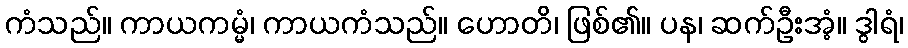
ကံသည်။ ကာယကမ္မံ၊ ကာယကံသည်။ ဟောတိ၊ ဖြစ်၏။ ပန၊ ဆက်ဦးအံ့။ ဒွါရံ၊